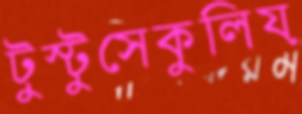
টুস্‌টুসেকুলিয়